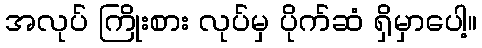
အလုပ် ကြိုးစား လုပ်မှ ပိုက်ဆံ ရှိမှာပေါ့။